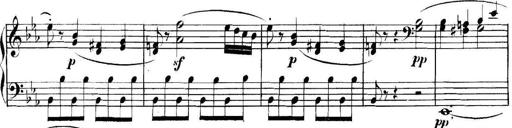
Title: Collected Piano Sonatas
Composer: Muzio Clementi